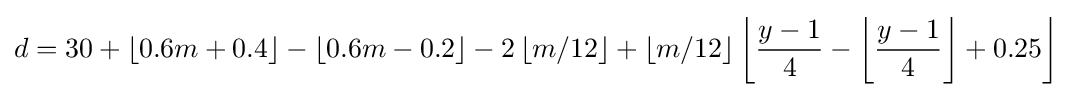
d=30+\left\lfloor {0.6m+0.4}\right\rfloor -\left\lfloor {0.6m-0.2}\right\rfloor -2\left\lfloor {m/12}\right\rfloor +\left\lfloor {m/12}\right\rfloor \left\lfloor {{\frac {y-1}{4}}-\left\lfloor {\frac {y-1}{4}}\right\rfloor +0.25}\right\rfloor